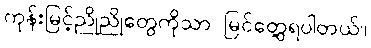
ကုန်းမြင့်ညိုညိုတွေကိုသာ မြင်တွေ့ရပါတယ်။